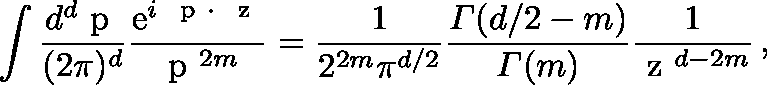
\int \frac { d ^ { d } \mathrm { \boldmath ~ p ~ } } { ( 2 \pi ) ^ { d } } \frac { \mathrm { e } ^ { i \mathrm { \boldmath ~ { \scriptstyle ~ p } ~ } \cdot \mathrm { \boldmath ~ { \scriptstyle ~ z } ~ } } } { \mathrm { \boldmath ~ p ~ } ^ { 2 m } } = \frac { 1 } { 2 ^ { 2 m } \pi ^ { d / 2 } } \frac { { \mit \Gamma } ( d / 2 - m ) } { { \mit \Gamma } ( m ) } \frac { 1 } { \mathrm { \boldmath ~ z ~ } ^ { d - 2 m } } \, ,